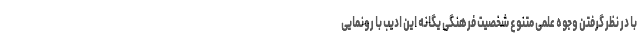
با در نظر گرفتن وجوه علمی متنوع شخصیت فرهنگی یگانه این ادیب با رونمایی